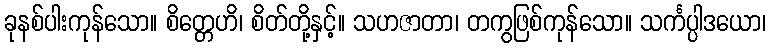
ခုနစ်ပါးကုန်သော။ စိတ္တေဟိ၊ စိတ်တို့နှင့်။ သဟဇာတာ၊ တကွဖြစ်ကုန်သော။ သင်္ကပ္ပါဒယော၊